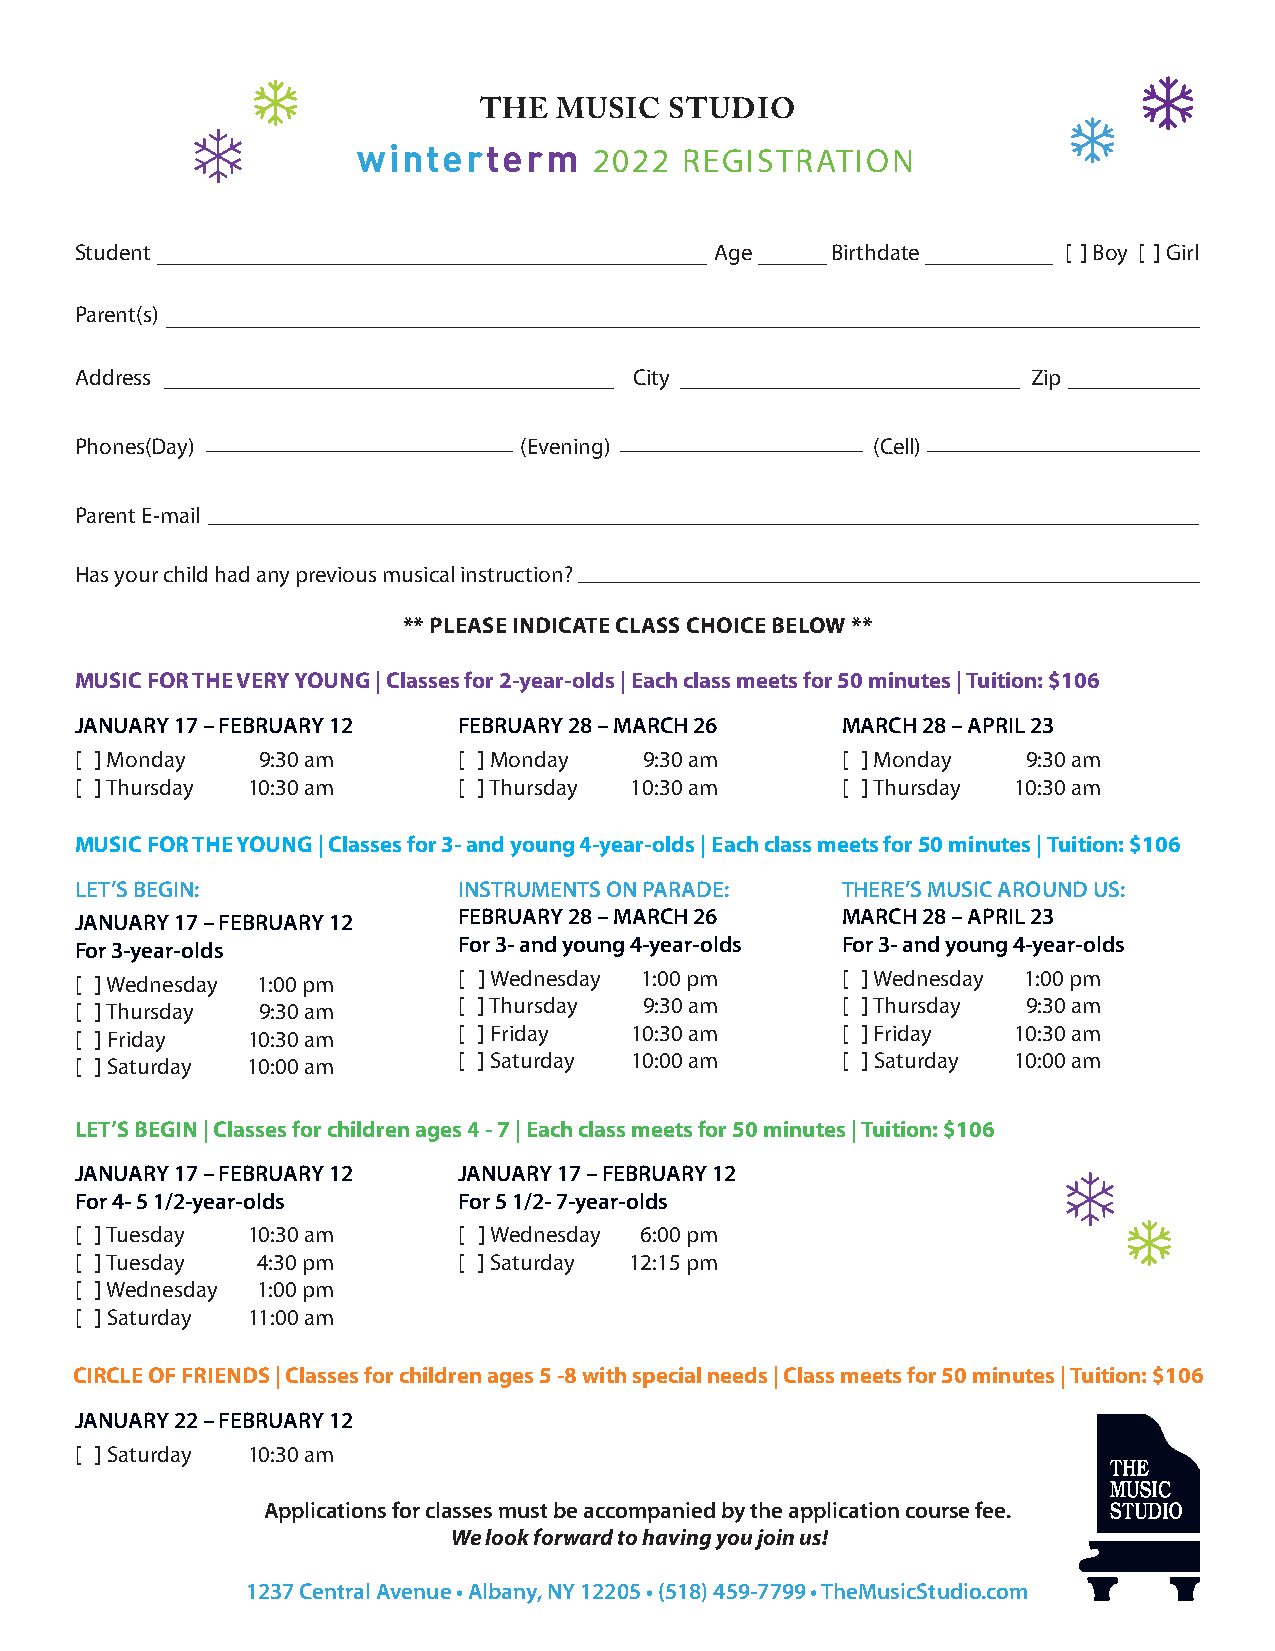
THE  MUSIC  STUDIO
 d
 winterterm     2022  REGISTRATION
 Student                                   Age     Birthdate       [ ] Boy [ ] Girl
 Parent(s)
 Address                              City                      Zip
 Phones(Day)                   (Evening)              (Cell)
 Parent E-mail
 Has your child had any previous musical instruction?
 ** PLEASE INDICATE CLASS CHOICE BELOW **
 MUSIC FOR THE VERY YOUNG | Classes for 2-year-olds | Each class meets for 50 minutes | Tuition: $106
 JANUARY 17 – FEBRUARY 12 FEBRUARY 28 – MARCH 26    MARCH 28 – APRIL 23
 [ ] Monday  9:30 am      [ ] Monday   9:30 am      [ ] Monday  9:30 am
 [ ] Thursday 10:30 am    [ ] Thursday 10:30 am     [ ] Thursday 10:30 am
 MUSIC FOR THE YOUNG | Classes for 3- and young 4-year-olds | Each class meets for 50 minutes | Tuition: $106
 LET’S BEGIN:             INSTRUMENTS ON PARADE:    THERE’S MUSIC AROUND US:
 JANUARY 17 – FEBRUARY 12 FEBRUARY 28 – MARCH 26    MARCH 28 – APRIL 23
 For 3-year-olds          For 3- and young 4-year-olds For 3- and young 4-year-olds
 [ ] Wednesday 1:00 pm    [ ] Wednesday 1:00 pm     [ ] Wednesday 1:00 pm
 [ ] Thursday 9:30 am     [ ] Thursday 9:30 am      [ ] Thursday 9:30 am
 [ ] Friday 10:30 am      [ ] Friday  10:30 am      [ ] Friday 10:30 am
 [ ] Saturday 10:00 am    [ ] Saturday 10:00 am     [ ] Saturday 10:00 am
 LET’S BEGIN | Classes for children ages 4 - 7 | Each class meets for 50 minutes | Tuition: $106
 JANUARY 17 – FEBRUARY 12 JANUARY 17 – FEBRUARY 12                d
 For 4- 5 1/2-year-olds   For 5 1/2- 7-year-olds
 [ ] Tuesday 10:30 am     [ ] Wednesday 6:00 pm
 [ ] Tuesday 4:30 pm      [ ] Saturday 12:15 pm
 [ ] Wednesday 1:00 pm
 [ ] Saturday 11:00 am
 CIRCLE OF FRIENDS | Classes for children ages 5 -8 with special needs | Class meets for 50 minutes | Tuition: $106
 JANUARY 22 – FEBRUARY 12
 [ ] Saturday 10:30 am
 Applications for classes must be accompanied by the application course fee.
 We look forward to having you join us!
 1237 Central Avenue • Albany, NY 12205 • (518) 459-7799 • TheMusicStudio.com